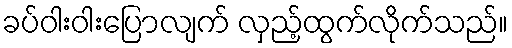
ခပ်ဝါးဝါးပြောလျက် လှည့်ထွက်လိုက်သည်။